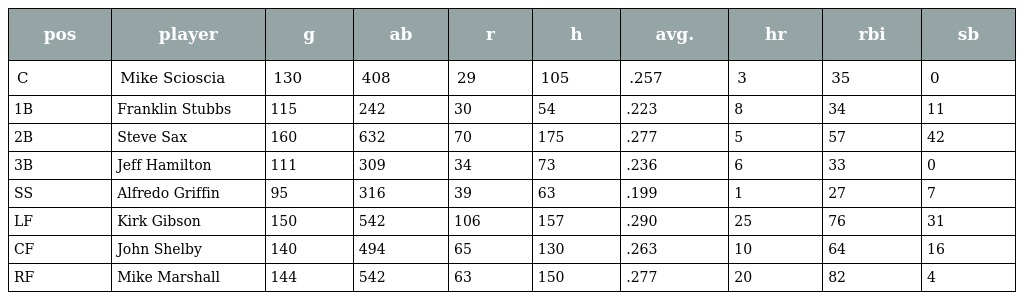
| pos | player | g | ab | r | h | avg. | hr | rbi | sb |
 | --- | --- | --- | --- | --- | --- | --- | --- | --- | --- |
 | C | Mike Scioscia | 130 | 408 | 29 | 105 | .257 | 3 | 35 | 0 |
 | 1B | Franklin Stubbs | 115 | 242 | 30 | 54 | .223 | 8 | 34 | 11 |
 | 2B | Steve Sax | 160 | 632 | 70 | 175 | .277 | 5 | 57 | 42 |
 | 3B | Jeff Hamilton | 111 | 309 | 34 | 73 | .236 | 6 | 33 | 0 |
 | SS | Alfredo Griffin | 95 | 316 | 39 | 63 | .199 | 1 | 27 | 7 |
 | LF | Kirk Gibson | 150 | 542 | 106 | 157 | .290 | 25 | 76 | 31 |
 | CF | John Shelby | 140 | 494 | 65 | 130 | .263 | 10 | 64 | 16 |
 | RF | Mike Marshall | 144 | 542 | 63 | 150 | .277 | 20 | 82 | 4 |